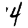
Digit: 4